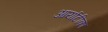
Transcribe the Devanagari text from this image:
आर्याटीका